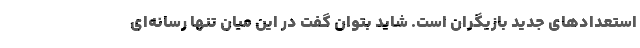
استعدادهای جدید بازیگران است. شاید بتوان گفت در این میان تنها رسانه‌ای